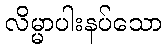
လိမ္မာပါးနပ်သော